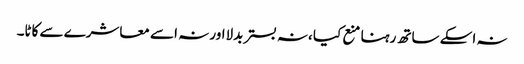
نہ اسکے ساتھ رہنا منع کیا ،نہ بستر بدلااور نہ اسے معاشرے سے کاٹا۔